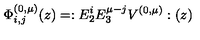
\Phi _ { i , j } ^ { ( 0 , \mu ) } ( z ) = : E _ { 2 } ^ { i } E _ { 3 } ^ { \mu - j } V ^ { ( 0 , \mu ) } : ( z )